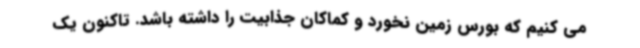
می کنیم که بورس زمین نخورد و کماکان جذابیت را داشته باشد. تاکنون یک